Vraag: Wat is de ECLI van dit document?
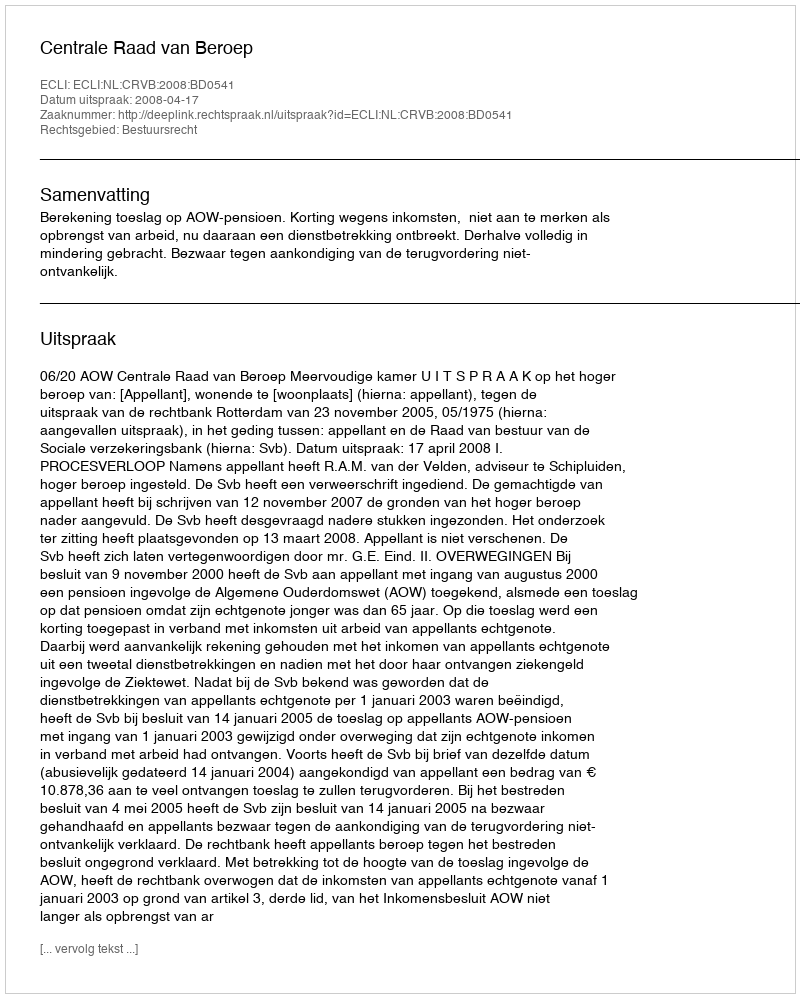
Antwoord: ECLI:NL:CRVB:2008:BD0541